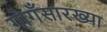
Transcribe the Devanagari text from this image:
गोगँसारख्या